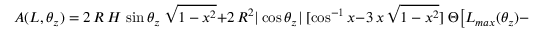
A ( L , \theta _ { z } ) = 2 \, R \, H \, \sin \theta _ { z } ~ \sqrt { 1 - x ^ { 2 } } + 2 \, R ^ { 2 } | \cos \theta _ { z } | ~ [ \cos ^ { - 1 } x - 3 \, x \, \sqrt { 1 - x ^ { 2 } } ] \; \Theta \bigl [ L _ { m a x } ( \theta _ { z } ) - L \bigr ] \; ,